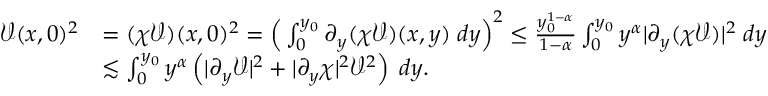
\begin{array} { r l } { \mathcal { V } ( x , 0 ) ^ { 2 } } & { = ( \chi \mathcal { V } ) ( x , 0 ) ^ { 2 } = \Big ( \int _ { 0 } ^ { y _ { 0 } } \partial _ { y } ( \chi \mathcal { V } ) ( x , y ) \; d y \Big ) ^ { 2 } \leq \frac { y _ { 0 } ^ { 1 - \alpha } } { 1 - \alpha } \int _ { 0 } ^ { y _ { 0 } } y ^ { \alpha } | \partial _ { y } ( \chi \mathcal { V } ) | ^ { 2 } \; d y } \\ & { \lesssim \int _ { 0 } ^ { y _ { 0 } } y ^ { \alpha } \left( | \partial _ { y } \mathcal { V } | ^ { 2 } + | \partial _ { y } \chi | ^ { 2 } \mathcal { V } ^ { 2 } \right) \; d y . } \end{array}